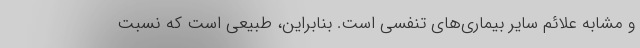
و مشابه علائم سایر بیماری‌های تنفسی است. بنابراین، طبیعی است که نسبت